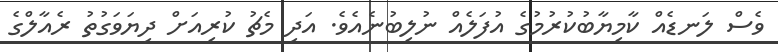
ވެސް ލަނޑެއް ކާމިޔާބުކުރުމުގެ އުފަލެއް ނުލިބުނެއެވެ. އަދި މެޗު ކުރިއަށް ދިޔަވަގުތު ރެއާލްގެ